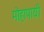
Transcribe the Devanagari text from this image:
मोहापायी